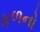
કળનો